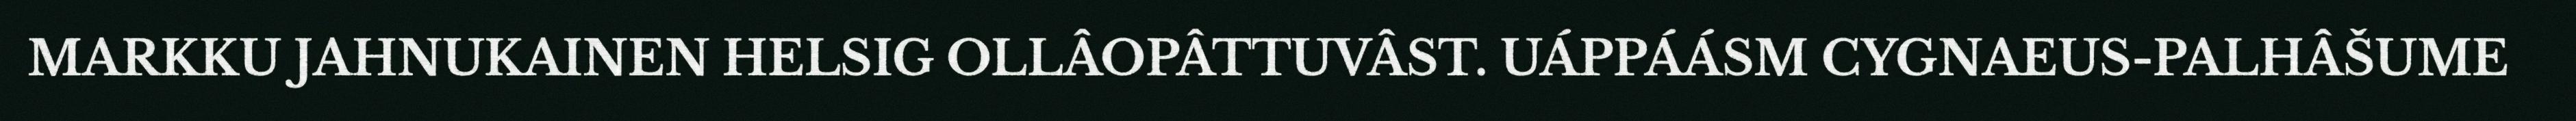
MARKKU JAHNUKAINEN HELSIG OLLÂOPÂTTUVÂST. UÁPPÁÁSM CYGNAEUS-PALHÂŠUME